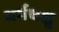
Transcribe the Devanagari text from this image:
धर्मचक्षु